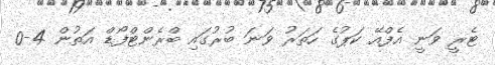
ޓެރީ ވަނީ އެފްއޭ ކަޕުގެ ހަތަރު ވަނަ ބުރުގައި ބްރެންޓްފޯޑް އަތުން 4-0